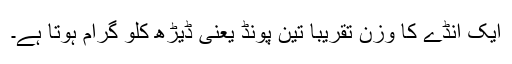
ایک انڈے کا وزن تقریبا تین پونڈ یعنی ڈیڑھ کلو گرام ہوتا ہے۔